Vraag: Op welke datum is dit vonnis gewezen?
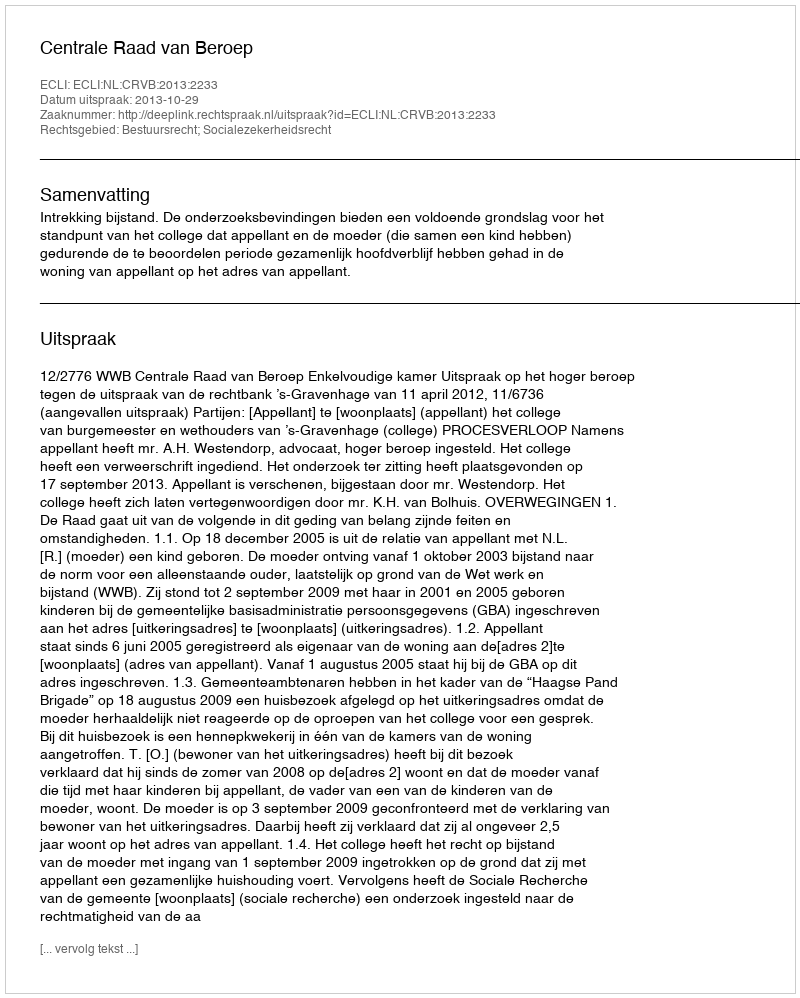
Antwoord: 2013-10-29